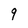
Character: 9